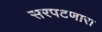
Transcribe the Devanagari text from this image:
सरपटणारा